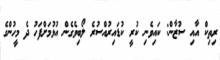
ރިތިކް އާއި ސުޒާން: ކައިވެނި ކުރީ ކުޑައިރުއްސުރެ ލޯބިވެގެން އުޅުމަށްފަހު ދެ މީހުންގެ